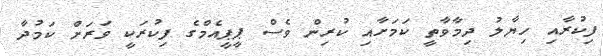
ފިކުރާއި ހިޔާލު ދިމާވާތީ ކަމަށާއި ކުރިން ވެސް ޕީޕީއެމްގެ ފިކުރަކީ ވަރަށް ކަމުދާ